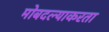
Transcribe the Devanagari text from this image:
मोबदल्याकरता